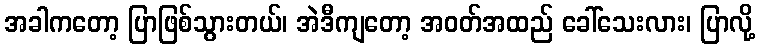
အခါကတော့ ပြာဖြစ်သွားတယ်၊ အဲဒီကျတော့ အဝတ်အထည် ခေါ်သေးလား၊ ပြာလို့